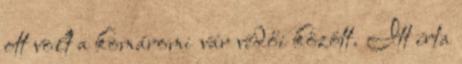
ott volt a komáromi vár védői között. Itt írta